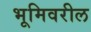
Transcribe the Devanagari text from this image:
भूमिवरील